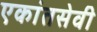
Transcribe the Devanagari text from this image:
एकांतसेवी